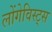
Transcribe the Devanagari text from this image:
लोंगेविस्ट्स